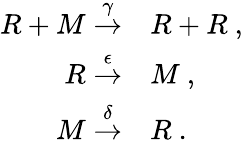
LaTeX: \begin{array}{rl}{R+M\stackrel{\gamma}{\rightarrow}}&{{}R+R~,}\\ {R\stackrel{\epsilon}{\rightarrow}}&{{}M~,}\\ {M\stackrel{\delta}{\rightarrow}}&{{}R~.}\end{array}